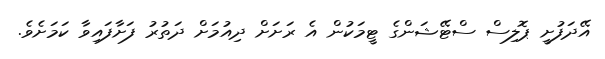
އޭދަފުށީ ޕޮލިސް ސްޓޭޝަންގެ ޓީމަކުން އެ ރަށަށް ދިއުމަށް ދަތުރު ފަށާފައިވާ ކަމަށެވެ.